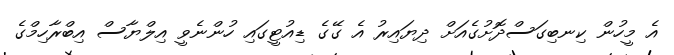
އެ މީހުން ކިނބިގަސްދޮށުގެއަށް ދިޔައިރު އެ ގޭގެ ޑިއުޓީގައި ހުންނެވީ އިލްޔާސް އިބްރާހިމްގެ